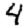
Digit: 4